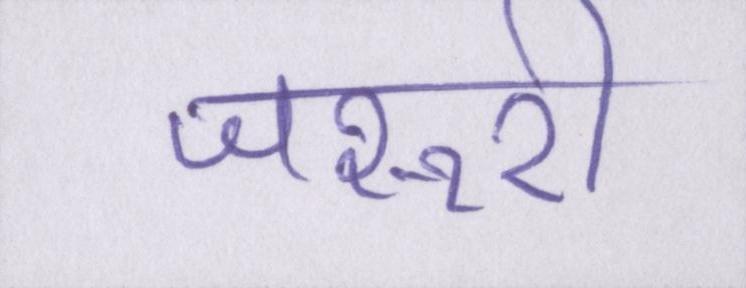
जरूरी